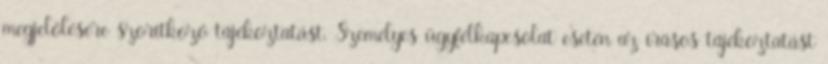
megjelölésére szorítkozó tájékoztatást. Személyes ügyfélkapcsolat esetén az írásos tájékoztatást